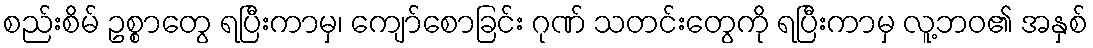
စည်းစိမ် ဥစ္စာတွေ ရပြီးကာမှ၊ ကျော်စောခြင်း ဂုဏ် သတင်းတွေကို ရပြီးကာမှ လူ့ဘဝ၏ အနှစ်